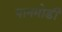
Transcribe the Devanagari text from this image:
पानमोडी